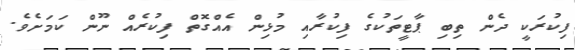
ފިކުރަކީ ދެން ތިިބި ޕާޓީތަކުގެ ފިކުރާއި މުޅިން އެއްގޮތް ފިކުރެއް ނޫން ކަމަށެވެ.